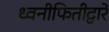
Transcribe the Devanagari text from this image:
ध्वनीफितीद्वारे